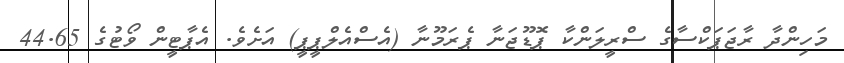
މަހިންދާ ރާޖަޕަކްސާގެ ސްރީލަންކާ ޕޮޑޫޖަނާ ޕެރަމޫނާ (އެސްއެލްޕީޕީ) އަށެވެ. އެޕާޓީން ވޯޓުގެ 44.65